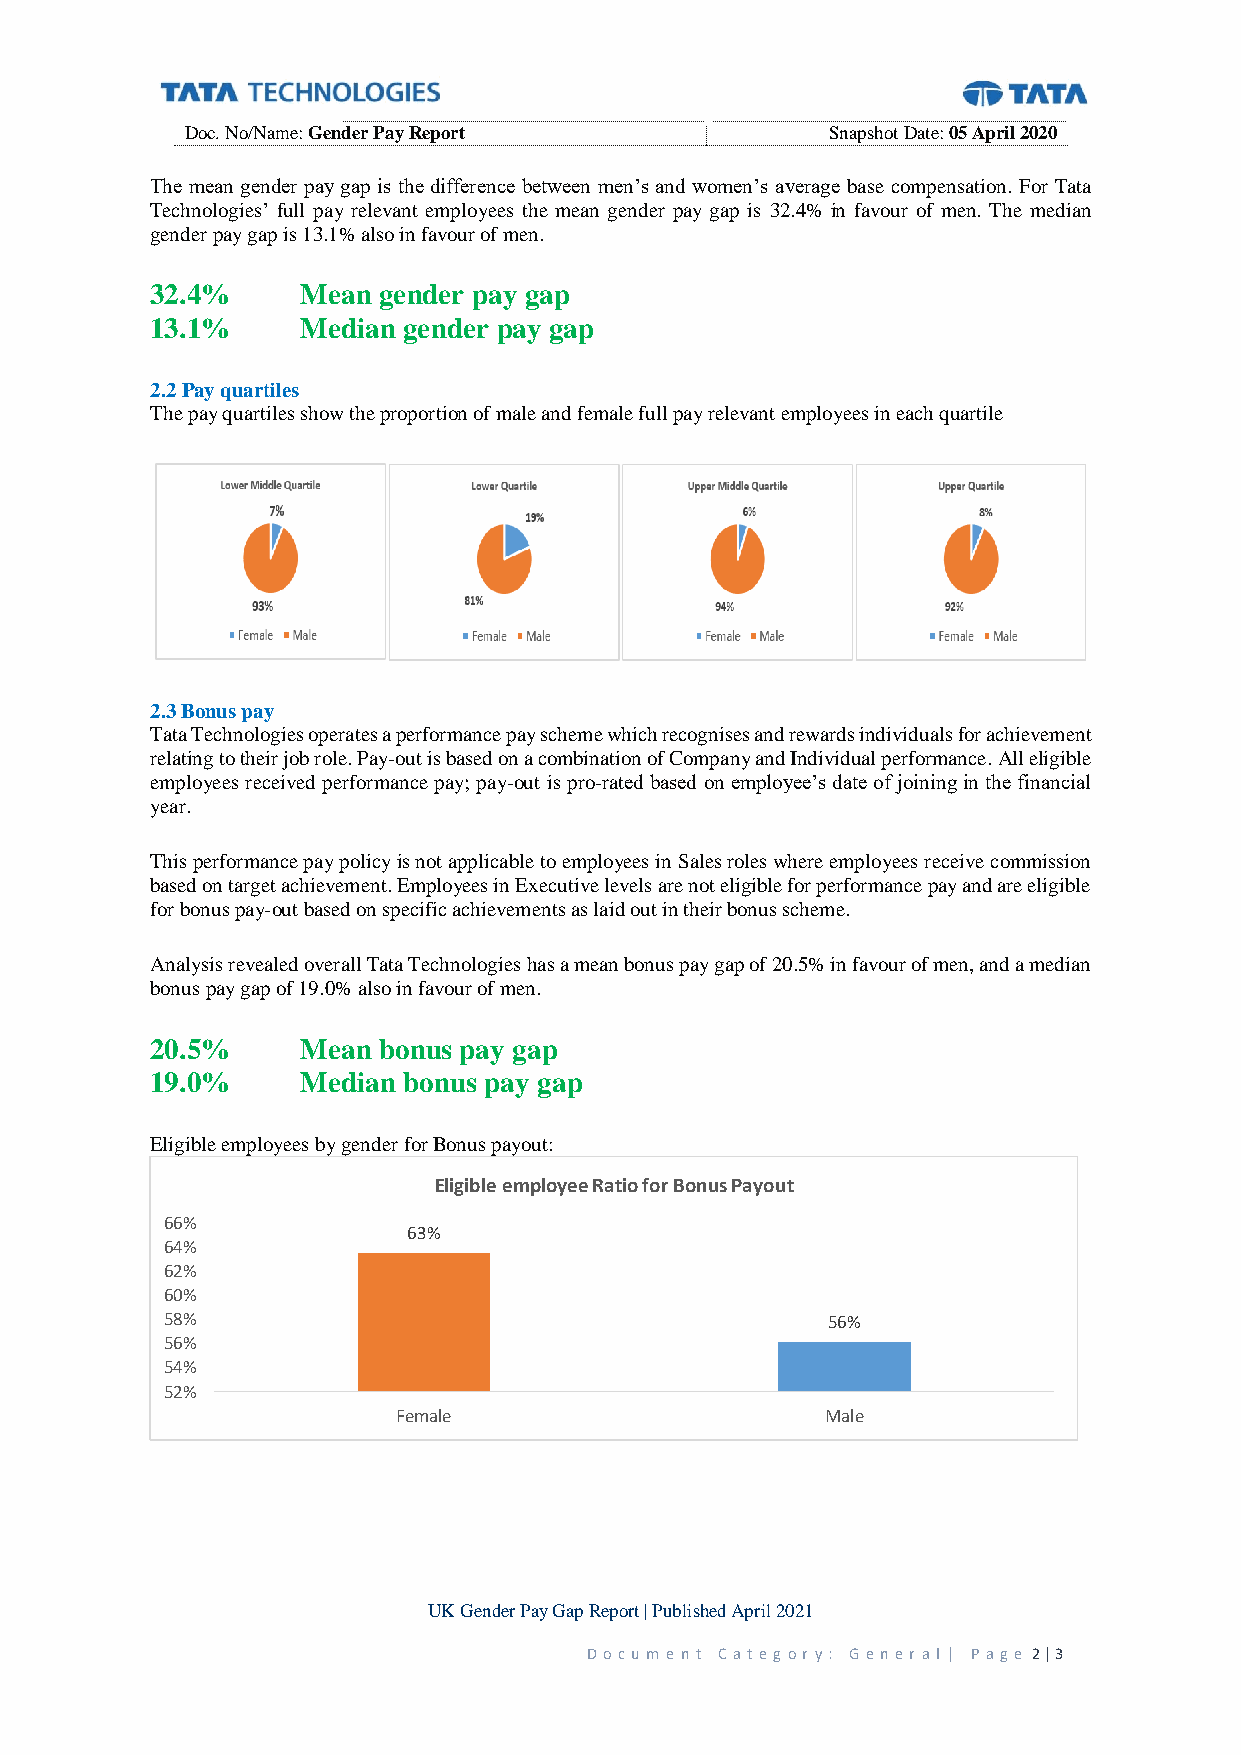
Doc. No/Name: Gender Pay Report            Snapshot Date: 05 April 2020
 The mean gender pay gap is the difference between men’s and women’s average base compensation. For Tata
 Technologies’ full pay relevant employees the mean gender pay gap is 32.4% in favour of men. The median
 gender pay gap is 13.1% also in favour of men.
 32.4%     Mean gender pay gap
 13.1%     Median gender pay gap
 2.2 Pay quartiles
 The pay quartiles show the proportion of male and female full pay relevant employees in each quartile
 2.3 Bonus pay
 Tata Technologies operates a performance pay scheme which recognises and rewards individuals for achievement
 relating to their job role. Pay-out is based on a combination of Company and Individual performance. All eligible
 employees received performance pay; pay-out is pro-rated based on employee’s date of joining in the financial
 year.
 This performance pay policy is not applicable to employees in Sales roles where employees receive commission
 based on target achievement. Employees in Executive levels are not eligible for performance pay and are eligible
 for bonus pay-out based on specific achievements as laid out in their bonus scheme.
 Analysis revealed overall Tata Technologies has a mean bonus pay gap of 20.5% in favour of men, and a median
 bonus pay gap of 19.0% also in favour of men.
 20.5%     Mean bonus pay gap
 19.0%     Median bonus pay gap
 Eligible employees by gender for Bonus payout:
 Eligible employee Ratio for Bonus Payout
 66%
 63%
 64%
 62%
 60%
 58%                                         56%
 56%
 54%
 52%
 Female                       Male
 UK Gender Pay Gap Report | Published April 2021
 D o c u m e n t Ca t eg or y: G e n er al | P ag e 2 | 3